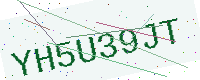
Text: YH5U39JT